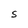
Character: S